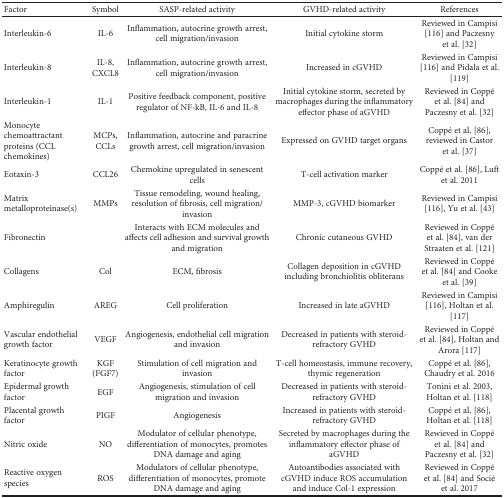
<table><thead><tr><td><b>Factor</b></td><td><b>Symbol</b></td><td><b>SASP-related activity</b></td><td><b>GVHD-related activity</b></td><td><b>References</b></td></tr></thead><tbody><tr><td>Interleukin-6</td><td>IL-6</td><td>Inflammation, autocrine growth arrest, cell migration/invasion</td><td>Initial cytokine storm</td><td>Reviewed in Campisi [116] and Paczesny et al. [32]</td></tr><tr><td>Interleukin-8</td><td>IL-8, CXCL8</td><td>Inflammation, autocrine growth arrest, cell migration/invasion</td><td>Increased in cGVHD</td><td>Reviewed in Campisi [116] and Pidala et al. [119]</td></tr><tr><td>Interleukin-1</td><td>IL-1</td><td>Positive feedback component, positive regulator of NF-kB, IL-6 and IL-8</td><td>Initial cytokine storm, secreted by macrophages during the inflammatory effector phase of aGVHD</td><td>Reviewed in Coppé et al. [84] and Paczesny et al. [32]</td></tr><tr><td>Monocyte chemoattractant proteins (CCL chemokines)</td><td>MCPs, CCLs</td><td>Inflammation, autocrine and paracrine growth arrest, cell migration/invasion</td><td>Expressed on GVHD target organs</td><td>Coppé et al. [86], reviewed in Castor et al. [37]</td></tr><tr><td>Eotaxin-3</td><td>CCL26</td><td>Chemokine upregulated in senescent cells</td><td>T-cell activation marker</td><td>Coppé et al. [86], Luft et al. 2011</td></tr><tr><td>Matrix metalloproteinase(s)</td><td>MMPs</td><td>Tissue remodeling, wound healing, resolution of fibrosis, cell migration/invasion</td><td>MMP-3, cGVHD biomarker</td><td>Reviewed in Campisi [116], Yu et al. [43]</td></tr><tr><td>Fibronectin</td><td></td><td>Interacts with ECM molecules and affects cell adhesion and survival growth and migration</td><td>Chronic cutaneous GVHD</td><td>Reviewed in Coppé et al. [84], van der Straaten et al. [121]</td></tr><tr><td>Collagens</td><td>Col</td><td>ECM, fibrosis</td><td>Collagen deposition in cGVHD including bronchiolitis obliterans</td><td>Reviewed in Coppé et al. [84] and Cooke et al. [39]</td></tr><tr><td>Amphiregulin</td><td>AREG</td><td>Cell proliferation</td><td>Increased in late aGVHD</td><td>Reviewed in Campisi [116], Holtan et al. [117]</td></tr><tr><td>Vascular endothelial growth factor</td><td>VEGF</td><td>Angiogenesis, endothelial cell migration and invasion</td><td>Decreased in patients with steroid-refractory GVHD</td><td>Reviewed in Coppé et al. [84], Holtan and Arora [117]</td></tr><tr><td>Keratinocyte growth factor</td><td>KGF (FGF7)</td><td>Stimulation of cell migration and invasion</td><td>T-cell homeostasis, immune recovery, thymic regeneration</td><td>Coppé et al. [86], Chaudry et al. 2016</td></tr><tr><td>Epidermal growth factor</td><td>EGF</td><td>Angiogenesis, stimulation of cell migration and invasion</td><td>Decreased in patients with steroid-refractory GVHD</td><td>Tonini et al. 2003, Holtan et al. [118]</td></tr><tr><td>Placental growth factor</td><td>PIGF</td><td>Angiogenesis</td><td>Increased in patients with steroid-refractory GVHD</td><td>Coppé et al. [86], Holtan et al. [118]</td></tr><tr><td>Nitric oxide</td><td>NO</td><td>Modulator of cellular phenotype, differentiation of monocytes, promotes DNA damage and aging</td><td>Secreted by macrophages during the inflammatory effector phase of aGVHD</td><td>Rewieved in Coppé et al. [84] and Paczesny et al. [32]</td></tr><tr><td>Reactive oxygen species</td><td>ROS</td><td>Modulators of cellular phenotype, differentiation of monocytes, promote DNA damage and aging</td><td>Autoantibodies associated with cGVHD induce ROS accumulation and induce Col-1 expression</td><td>Reviewed in Coppé et al. [84] and Socié et al. 2017</td></tr></tbody></table>